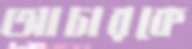
আচারকে